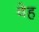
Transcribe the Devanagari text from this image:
वेह